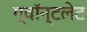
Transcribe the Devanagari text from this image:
ग्वॉन्टलेट